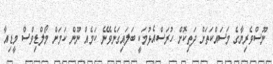
ނޫސްވެރިޔާގެ މަސައްކަތަށް ދަތިކޮށް ހުރަސްއެޅުމަކީ ބަލައިގަނެވޭނެ ކަމެއް ނޫން ކަމަށް މޯލްޑިވްސް މީޑިއާ